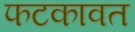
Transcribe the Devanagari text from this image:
फटकावत